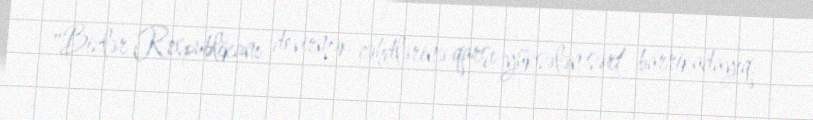
"Bizlər Respublikanı devirmək cəhdlərinə qarşı yüksələn sərt barrikadayıq.